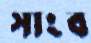
সাংব